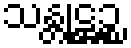
သန္တုဋ္ဌဉ္စ